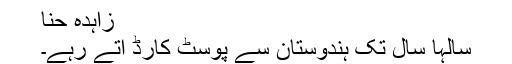
زاہدہ حنا
سالہا سال تک ہندوستان سے پوسٹ کارڈ آتے رہے۔